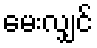
မေးလျှင်